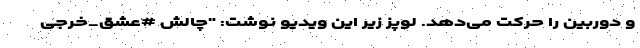
و دوربین را حرکت می‌دهد. لوپز زیر این ویدیو نوشت: "چالش #عشق_خرجی